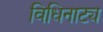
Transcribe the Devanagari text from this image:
विधिनाट्य